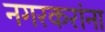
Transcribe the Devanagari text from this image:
नगरकरांना